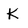
Character: K